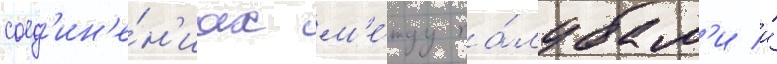
соед'ин'е́н'иах м'е́жду па́лубам'и и́